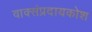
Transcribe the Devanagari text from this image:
वाक्संप्रदायकोश